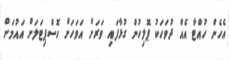
އެހެން ހުއްޓާ އެއް ދުވަހަކު ޕޮލިހުން ގުޅާފައި ވަރަށް އަވަހަށް ހޮސްޕިޓަލަށް އައުމަށް